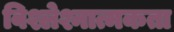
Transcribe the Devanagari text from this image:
विश्लेश्नात्मकता